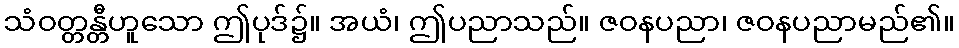
သံဝတ္တန္တီဟူသော ဤပုဒ်၌။ အယံ၊ ဤပညာသည်။ ဇဝနပညာ၊ ဇဝနပညာမည်၏။